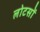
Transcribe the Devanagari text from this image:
लोटसों